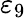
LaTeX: \varepsilon_{9}